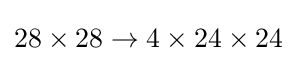
28\times 28\to 4\times 24\times 24